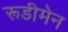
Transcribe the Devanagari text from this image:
रूडीमेन